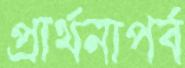
প্রার্থনাপর্ব